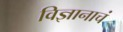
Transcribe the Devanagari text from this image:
विज्ञानाचं